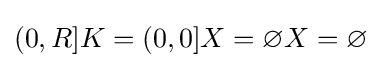
{\textstyle (0,R]K=(0,0]X=\varnothing X=\varnothing }